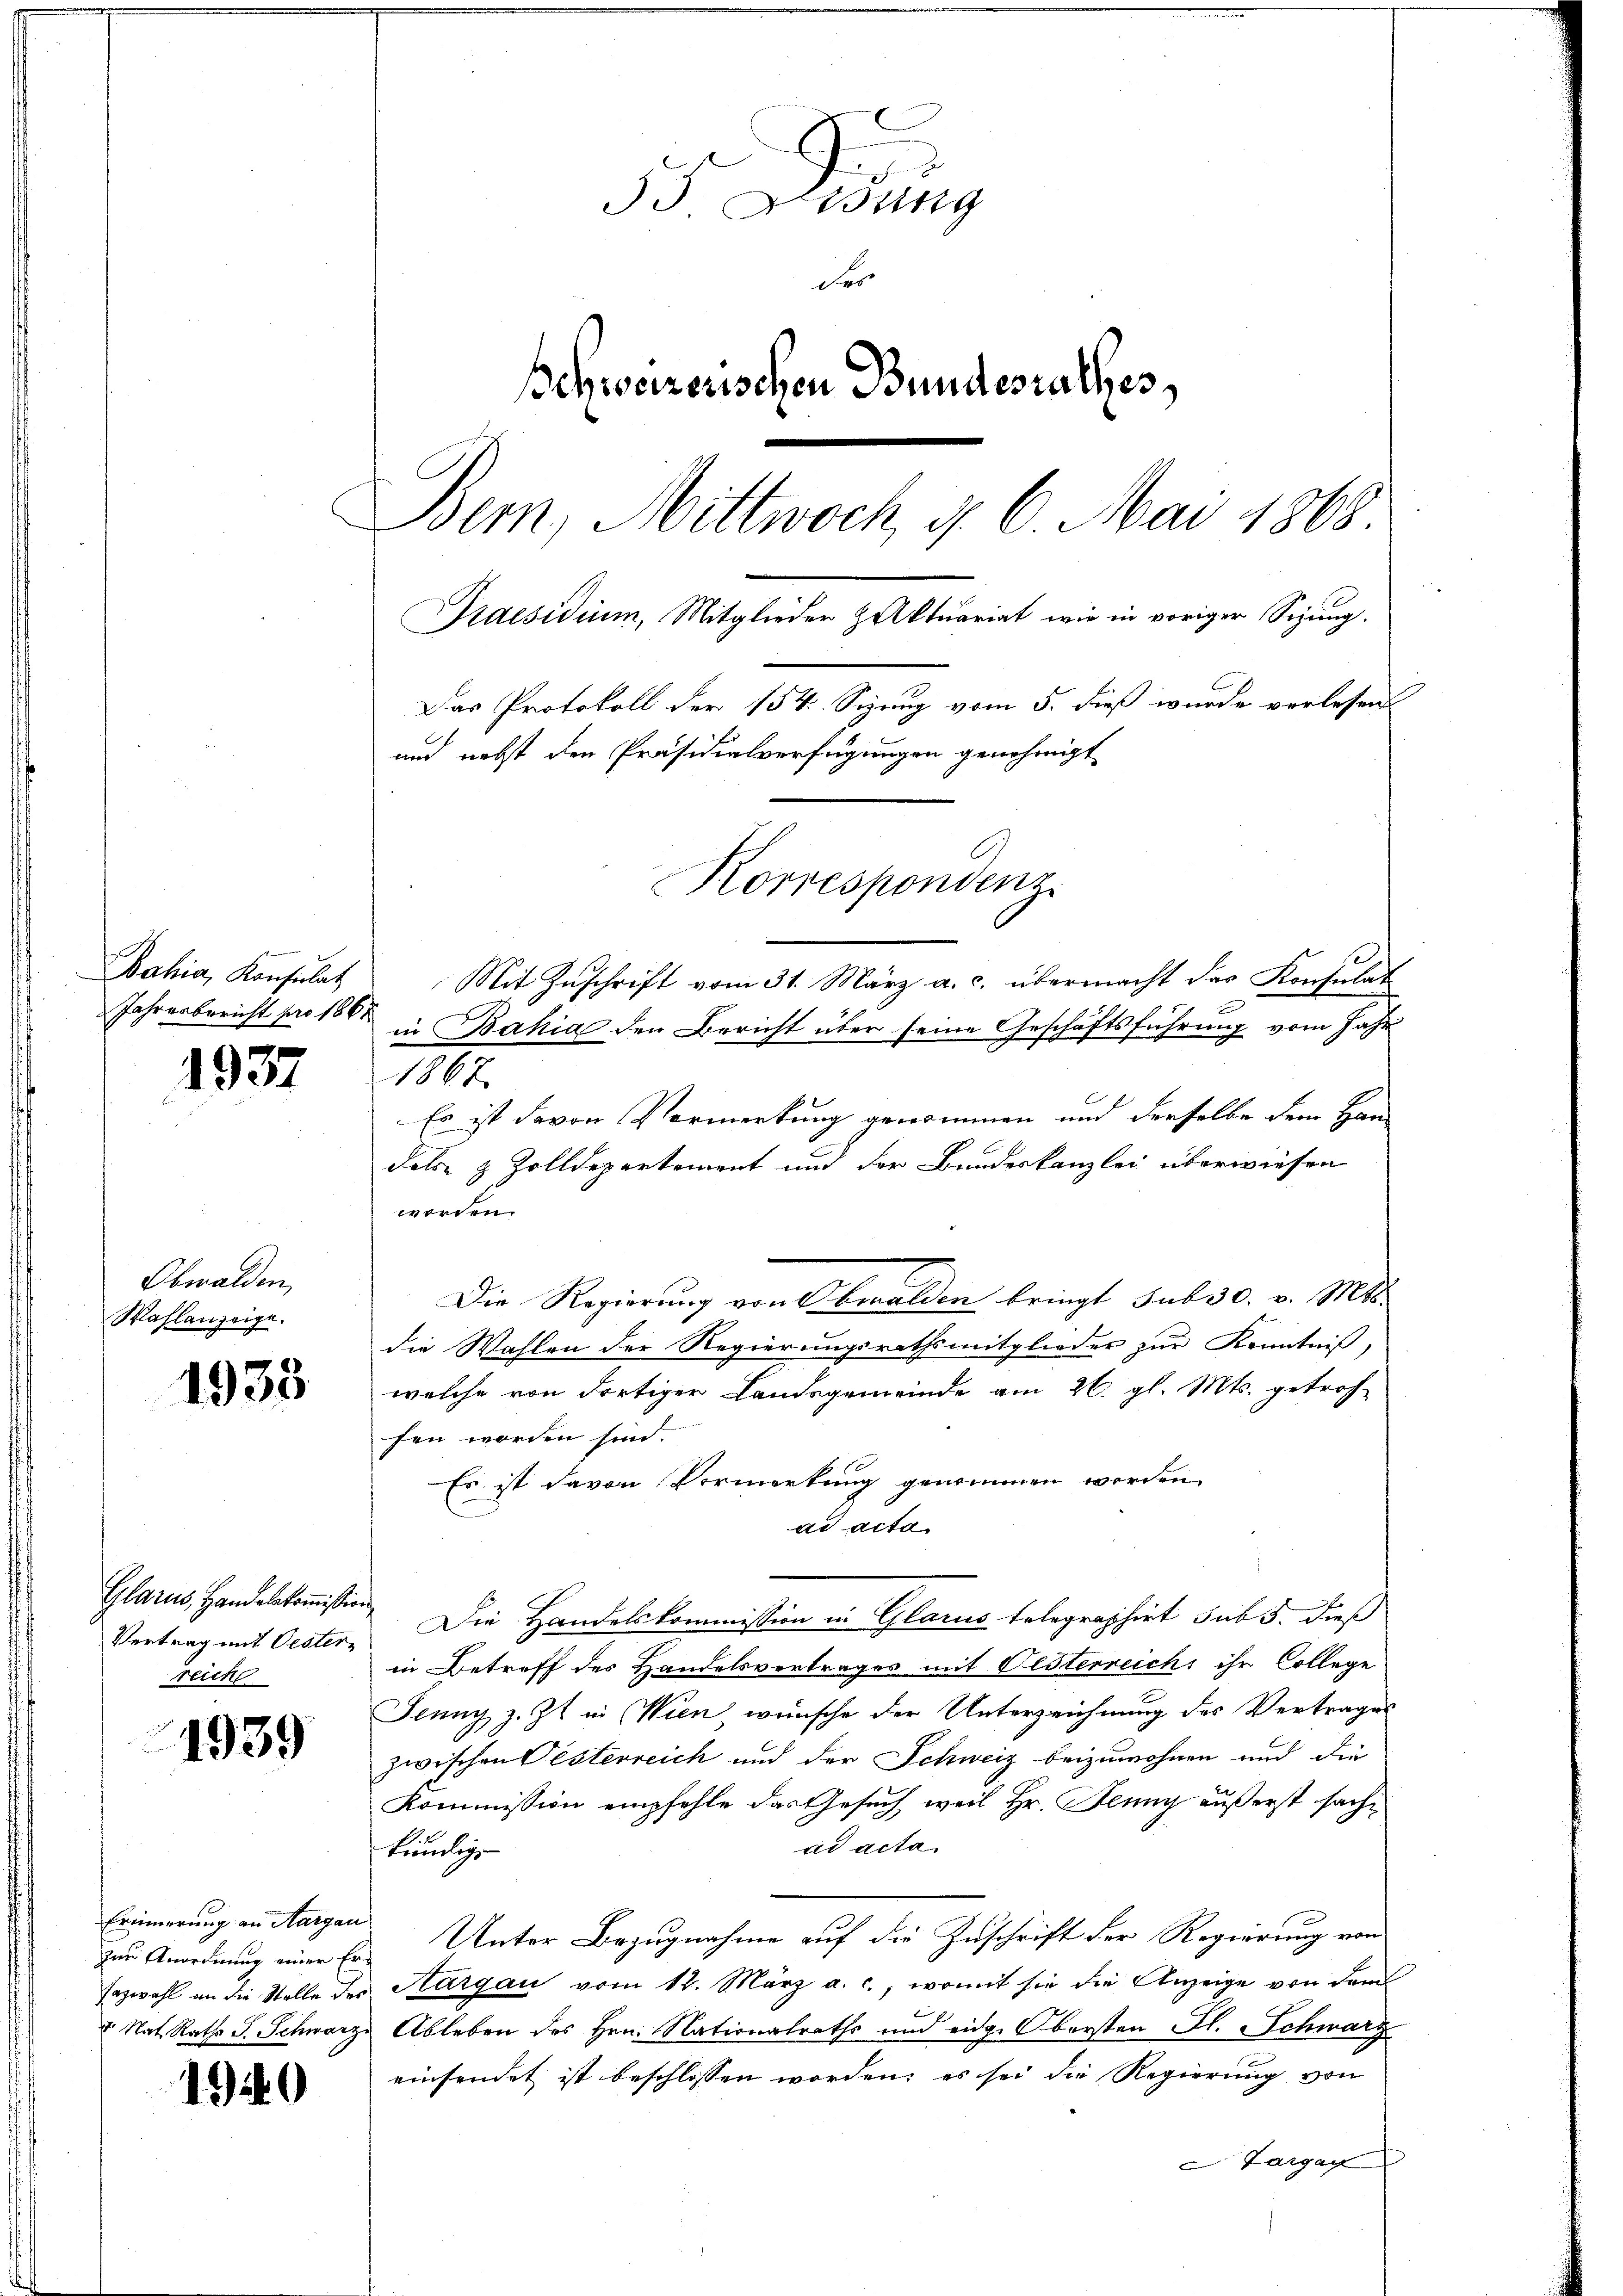
Bahia, Konsulat
Jahresbericht pro 1861

1937

Obwalden,
Wahlanzeige.

1933

Glarus, Handelskommißion
Vertrag mit Oester-
reiche

1939

Erinnnerung an Aargau
zur Anordnung einer Er¬
Fazwahl an die Stelle des
 Nat. Raths S. Schwarz

1940

35. Lesung
des
schweizerischen Bundesrathes,
Bern, Mittwoch, d. 6. Mai 1868.
Praesidium, Mitglieder Aktuariat wie in voriger Sizung.
Das Protokoll der 154. Sizung vom 5. dieß wurde verlesen
und nebst den Präsidialverfügungen genehmigt
Korrespondenz.
Mit Zuschrift vom 31. März a. c. übermacht das Konsulat
in Bahia den Bericht über seine Geschäftsführung vom Jahr

1867.
Es ist davon Vormerkung genommen und derselbe dem Han
dels- & Zolldepartement und der Bundeskanzlei überwiesen
worden.
Die Regierung von Obwalden bringt sub 30. v. Mts.
die Wahlen der Regierungsrathsmitglieder zur Kenntniß,
welche von dortiger Landsgemeinde am 26. gl. Mts. getrof-
fen worden sind.
Es ist davon Vormerkung genommen werden.
ad acta
Die Handelskommission in Glarus telegraphirt sub 5. dieß
in Betreff des Handelsvertrages mit Oesterreich ihr College
Jenny z. Zt. in Wien wünsche der Unterzeichnung des Vertrages
zwischen Pesterreich und der Schweiz beizuwohnen und die
Kommission empfehle das Gesuch, weil Hr. Jenny äußerst sachad acta
kumig
Unter Bezugnahme auf die Zuschrift der Regierung von
Hargau vom 12. März a. c., womit sie die Anzeige von dem
Ableben des Hrn. Nationalraths und eid. Obersten Al. Schwarz
einsendet ist beschlossen worden; es sei die Regierung von
Largeg